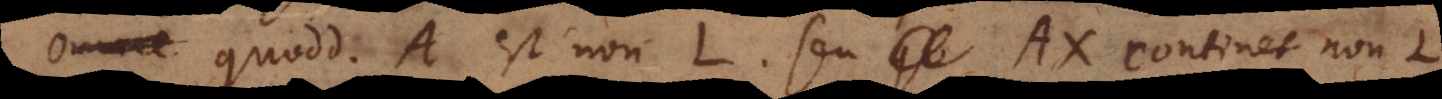
a Quoddam A est non L seu AX continet non‐L